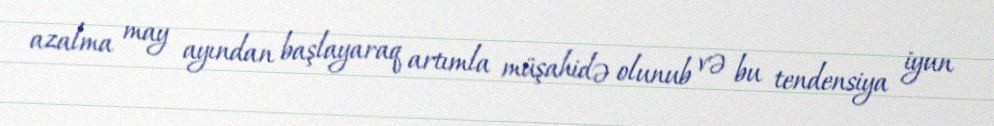
azalma may ayından başlayaraq artımla müşahidə olunub və bu tendensiya iyun